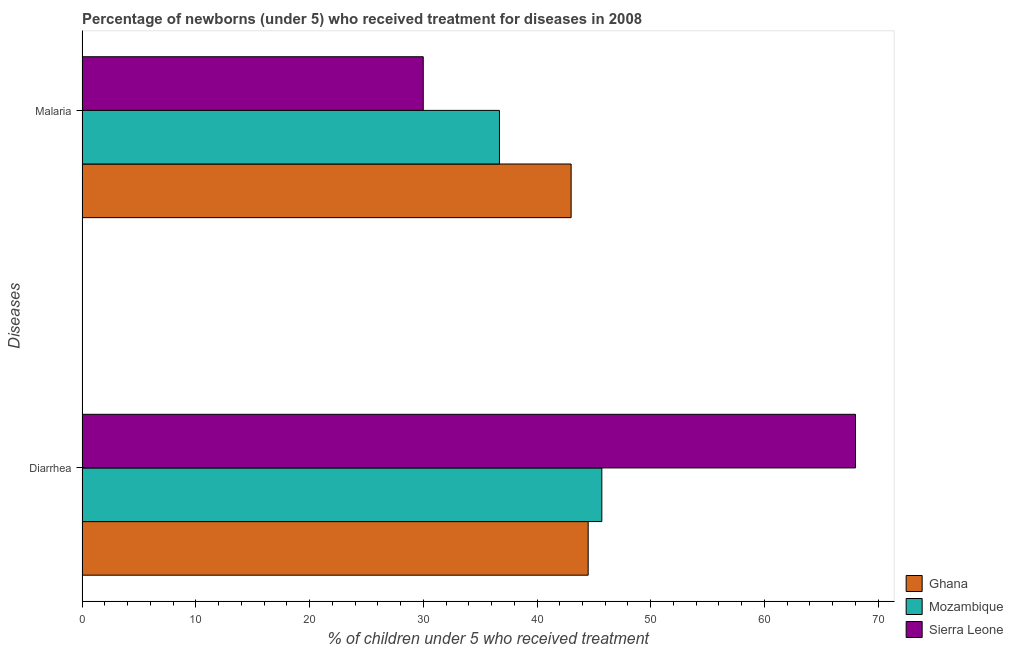
| Diseases | Ghana | Mozambique | Sierra Leone |
 | --- | --- | --- | --- |
 | Diarrhea | 44.5 | 45.7 | 68 |
 | Malaria | 43 | 36.7 | 30 |